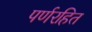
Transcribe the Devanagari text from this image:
पर्णरहित